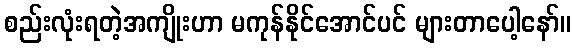
စည်းလုံးရတဲ့အကျိုးဟာ မကုန်နိုင်အောင်ပင် များတာပေါ့နော်။